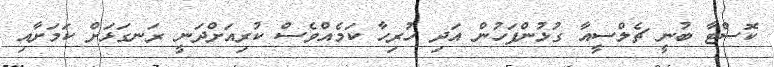
ކޮސްޓާ ބުނީ ޗެލްސީއާ ގުޅުންފަހުން އަދި ހުރިހާ ކަމެއްވެސް ކުރިއަށްދަނީ ރަނގަޅަށް ކަމަށާއި